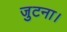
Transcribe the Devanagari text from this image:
जुटना।